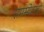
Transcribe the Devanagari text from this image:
समस्येवरही